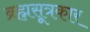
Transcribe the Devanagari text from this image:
ब्रह्मसूत्रकार